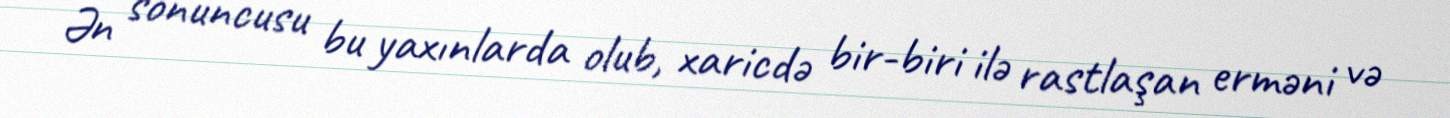
Ən sonuncusu bu yaxınlarda olub, xaricdə bir-biri ilə rastlaşan erməni və